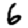
Digit: 6